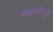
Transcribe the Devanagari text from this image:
इमारतींतुन